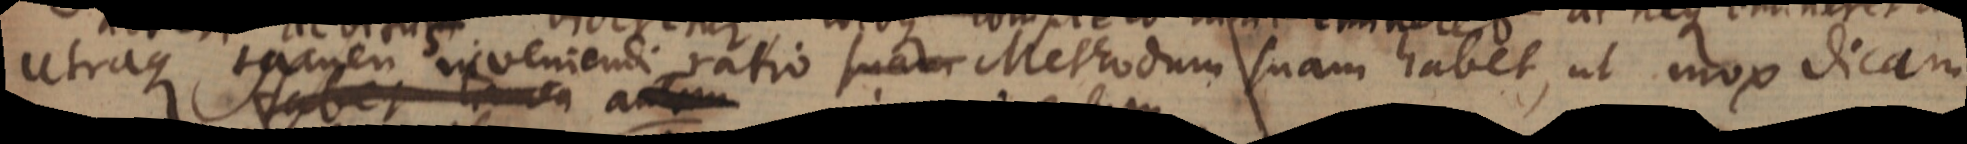
Utraque tamen inveniendi ratio Methodum suam habet, ut mox dicam